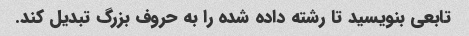
تابعی بنویسید تا رشته داده شده را به حروف بزرگ تبدیل کند.